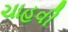
ચાહવી